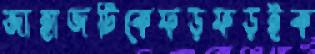
জাহাজটিকেফড়ফড়ইক